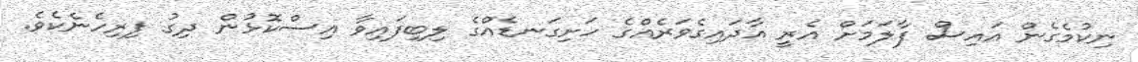
ނިކުމެގެން އައިސް ފާލަމަށް އެރީ އާދައިގެވަރެއްގެ ހަށިގަނޑެއްގެ ލިބިފައިވާ އިސްކޮޅުން ދިގު ފިރިހެނެކެވެ.